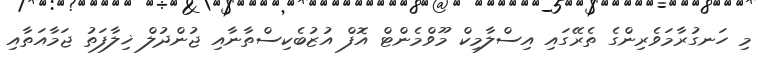
މި ހަނގުރާމަވެރިންގެ ތެރޭގައި އިސްލާމިކް މޫވްމެންޓް އޮފް އުޒުބެކިސްތާނާއި ޖުންދުލް ޚިލާފަތު ޖަމާއަތާއި